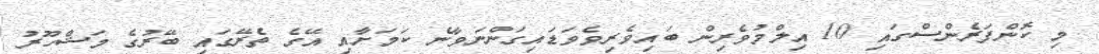
މި ކޮންފަރެންސްގައި 10 އިލްމުވެރިން ބައިވެރިވެވަޑައިގަންނަވާނެ ކަމަށާއި އޭގެ ތެރޭގައި ބޭރުގެ މަޝްހޫރު